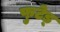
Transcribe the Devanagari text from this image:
फुटेड्